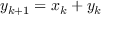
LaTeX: y _ { k + 1 } = x _ { k } + y _ { k }